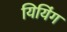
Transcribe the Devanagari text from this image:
यियिंग